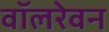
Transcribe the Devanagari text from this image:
वॉलरेवन